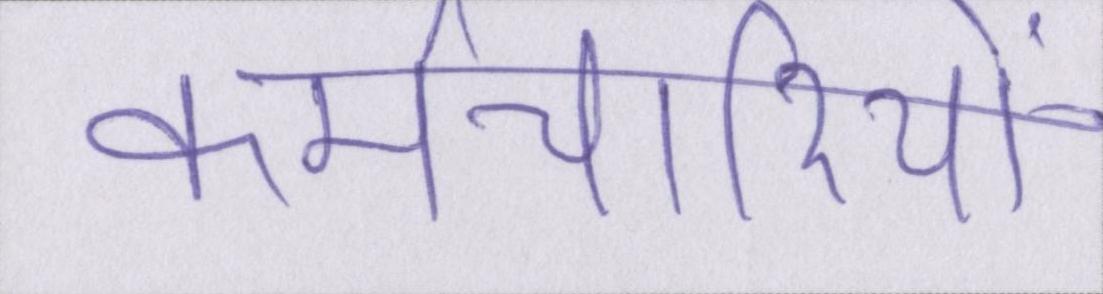
कर्मचारियों